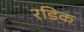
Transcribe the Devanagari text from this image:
रडिक